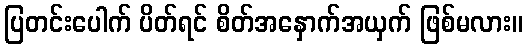
ပြတင်းပေါက် ပိတ်ရင် စိတ်အနှောက်အယှက် ဖြစ်မလား။